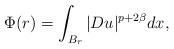
\begin{align*}\Phi (r) = \displaystyle\int_{B_r} |Du|^{p+2\beta} dx , \end{align*}